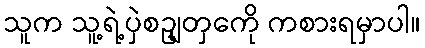
သူက သူ့ရဲ့ပှဲစဥျတှကေို ကစားရမှာပါ။